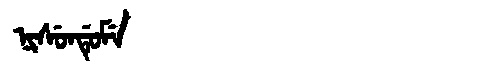
Manchu: ᠨᡳᠰᡠᠨᡩᡠᠮᡝ
Romanization: NISUNDUME